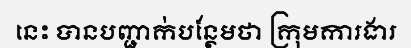
នេះ បានបញ្ជាក់បន្ថែមថា ក្រុមការងារ